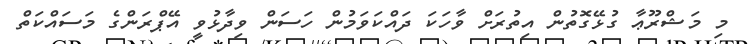
މި މަޝްރޫޢާ ގުޅޭގޮތުން އިތުރަށް ވާހަކަ ދައްކަވަމުން ހަސަން ވިދާޅުވީ އޭޕްރަންގެ މަސައްކަތް